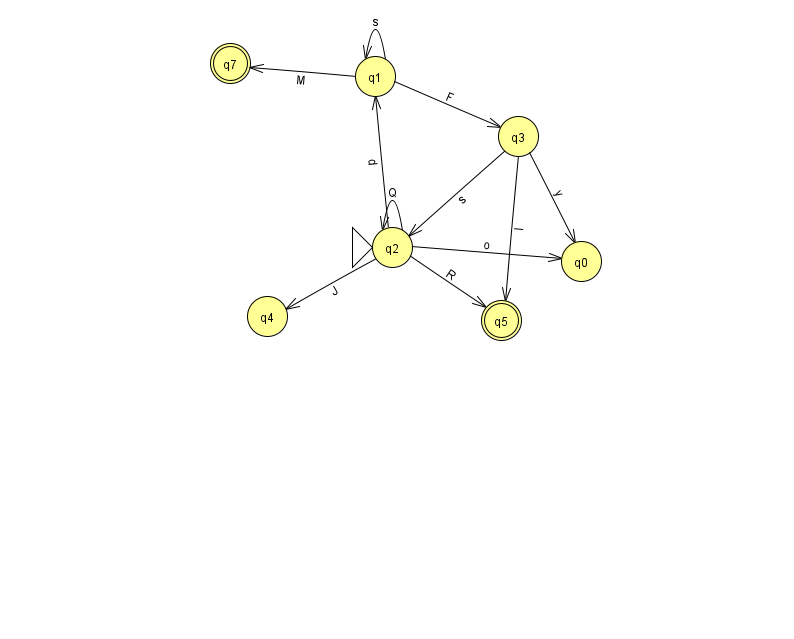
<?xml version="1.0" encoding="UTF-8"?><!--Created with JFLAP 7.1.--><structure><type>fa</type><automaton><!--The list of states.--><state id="0" name="q0"><x>581.0</x><y>248.0</y></state><state id="1" name="q1"><x>375.0</x><y>63.0</y></state><state id="2" name="q2"><x>392.0</x><y>234.0</y><initial/></state><state id="3" name="q3"><x>518.0</x><y>123.0</y></state><state id="4" name="q4"><x>267.0</x><y>303.0</y></state><state id="5" name="q5"><x>501.0</x><y>307.0</y><final/></state><state id="7" name="q7"><x>230.0</x><y>50.0</y><final/></state><!--The list of transitions.--><transition><from>2</from><to>2</to><read>Q</read></transition><transition><from>1</from><to>1</to><read>s</read></transition><transition><from>3</from><to>5</to><read>l</read></transition><transition><from>3</from><to>2</to><read>s</read></transition><transition><from>1</from><to>7</to><read>M</read></transition><transition><from>1</from><to>3</to><read>F</read></transition><transition><from>2</from><to>5</to><read>R</read></transition><transition><from>2</from><to>4</to><read>J</read></transition><transition><from>2</from><to>0</to><read>o</read></transition><transition><from>3</from><to>0</to><read>y</read></transition><transition><from>2</from><to>1</to><read>d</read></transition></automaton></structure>